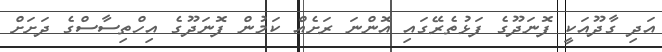
އަދި ގާދޫއަކީ ފޮނަދޫގެ ފަޅުތެރޭގައި އޮންނަ ރަށެއް ކަމުން ފޮނަދޫގެ އިހްތިސާސްގެ ދަށަށް